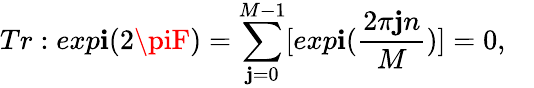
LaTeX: Tr:exp\mathbf{i}(2\piF)=\sum_{\mathbf{j}=0}^{M-1}[exp\mathbf{i}({\frac{{2\pi\mathbf{j}n}}{{{M}}}})]=0,\quad